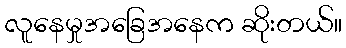
လူနေမှုအခြေအနေက ဆိုးတယ်။